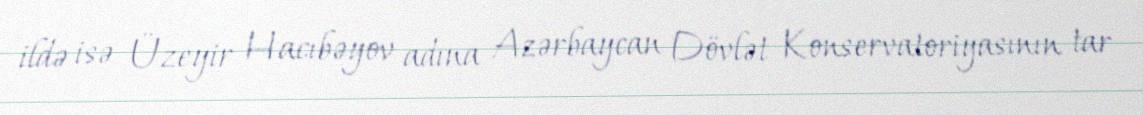
ildə isə Üzeyir Hacıbəyov adına Azərbaycan Dövlət Konservatoriyasının tar